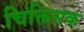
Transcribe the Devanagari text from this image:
चिक्तिसक